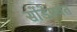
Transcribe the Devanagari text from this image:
सोंडेपर्यंत